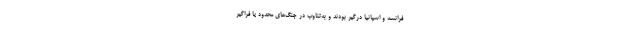
فرانسه و اسپانیا درگیر بودند و به‌تناوب در جنگ‌های محدود یا فراگیر